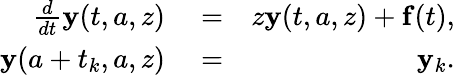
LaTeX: \begin{array}{rlr}{\frac{d}{dt}{\mathbf y}(t,a,z)}&{{}=}&{z{\mathbf y}(t,a,z)+{\mathbf f}(t),}\\ {{\mathbf y}(a+t_{k},a,z)}&{{}=}&{{\mathbf y}_{k}.}\end{array}